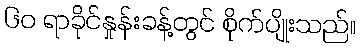
၆၀ ရာခိုင်နှုန်းခန့်တွင် စိုက်ပျိုးသည်။